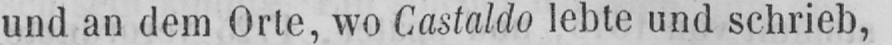
und an dem Orte, wo Castaldo lebte und schrieb,